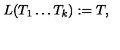
L ( T _ { 1 } \dots T _ { k } ) : = T ,